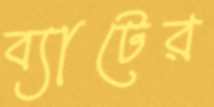
ব্যাটের